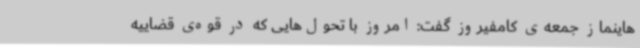
‌هاینماز جمعه‌ی کامفیروز گفت: امروز با تحول‌هایی که در قوه‌ی قضاییه